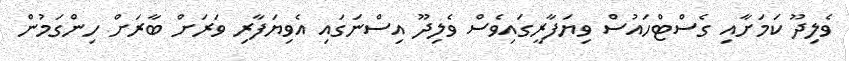
ވެލިދޫ ކަމަށާއި ގެސްޓްހައުސް ވިޔަފާރީގައިވެސް ވެލިދޫ އިސްނަގައި އެވިޔަފާރި ވަރަށް ބާރަށް ހިންގަމުން